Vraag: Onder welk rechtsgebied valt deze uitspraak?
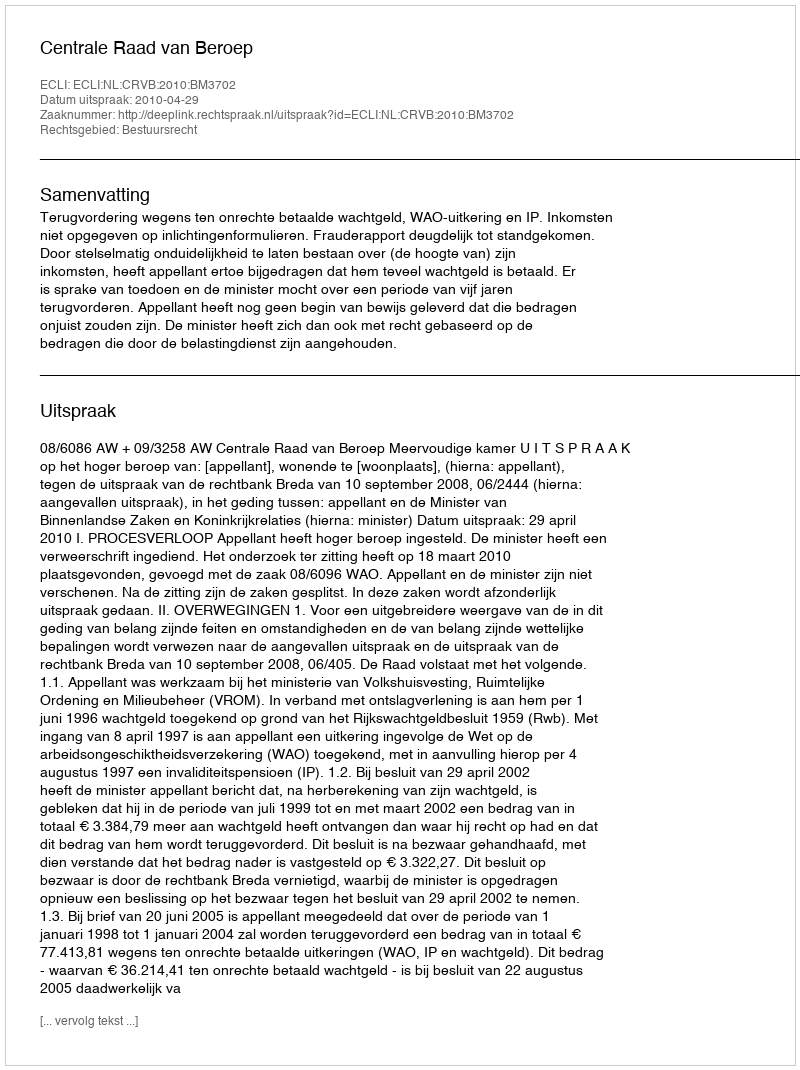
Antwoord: Bestuursrecht